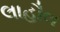
લાહૌલ